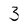
Character: 3